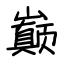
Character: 巅